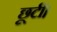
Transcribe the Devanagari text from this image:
छूटीं।